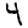
Digit: 4